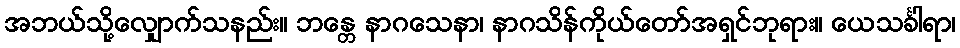
အဘယ်သို့လျှောက်သနည်း။ ဘန္တေ နာဂသေနာ၊ နာဂသိန်ကိုယ်တော်အရှင်ဘုရား။ ယေသင်္ခါရာ၊